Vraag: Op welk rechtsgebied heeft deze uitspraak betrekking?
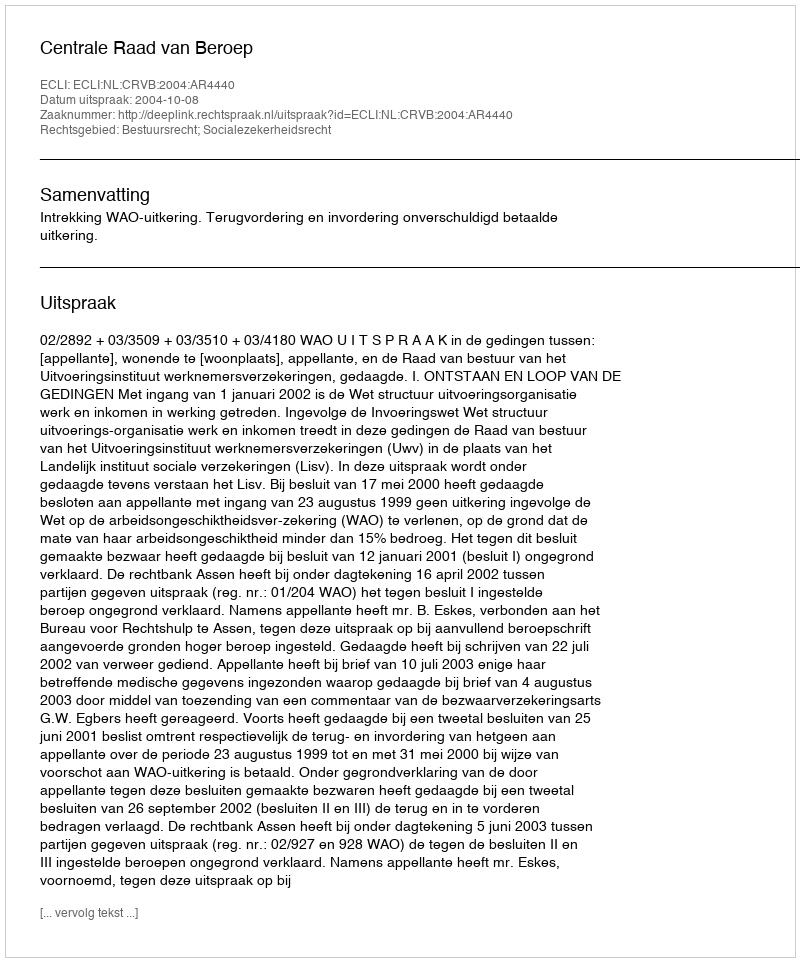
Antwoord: Bestuursrecht; Socialezekerheidsrecht